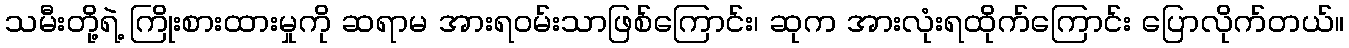
သမီးတို့ရဲ့ ကြိုးစားထားမှုကို ဆရာမ အားရဝမ်းသာဖြစ်ကြောင်း၊ ဆုက အားလုံးရထိုက်ကြောင်း ပြောလိုက်တယ်။